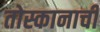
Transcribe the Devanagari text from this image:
तोस्कानाची